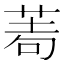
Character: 𦰶